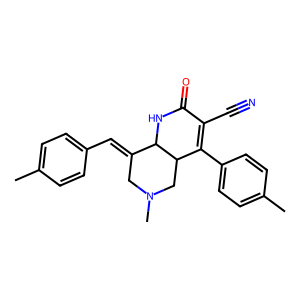
SMILES: Cc1ccc(C=C2CN(C)CC3C(c4ccc(C)cc4)=C(C#N)C(=O)NC23)cc1
Inhibits HIV replication: No